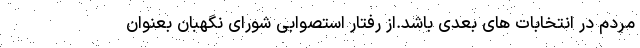
مردم در انتخابات های بعدی باشد.از رفتار استصوابی شورای نگهبان بعنوان